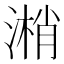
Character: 𣻘